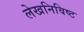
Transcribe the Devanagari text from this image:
लेखनिविष्ट